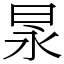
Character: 㫤